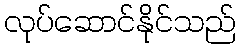
လုပ်ဆောင်နိုင်သည်